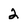
Character: 2